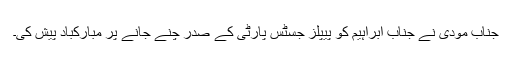
جناب مودی نے جناب ابراہیم کو پیپلز جسٹس پارٹی کے صدر چنے جانے پر مبارکباد پیش کی۔